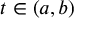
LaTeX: t \in ( a , b )